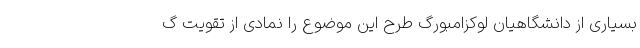
بسیاری از دانشگاهیان لوکزامبورگ طرح این موضوع را نمادی از تقویت گ